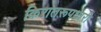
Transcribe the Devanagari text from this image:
किरातरूपधारी